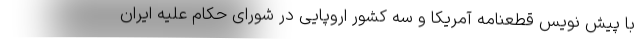
با پیش نویس قطعنامه آمریکا و سه کشور اروپایی در شورای حکام علیه ایران